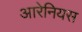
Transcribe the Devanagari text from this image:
आरेनियस